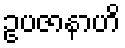
ဥပဇာနာဟိ